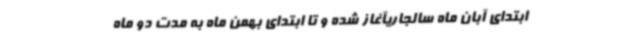
ابتدای آبان ماه سالجاریآغاز شده و تا ابتدای بهمن ماه به مدت دو ماه